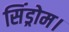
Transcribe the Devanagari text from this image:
सिंड्रोम।